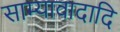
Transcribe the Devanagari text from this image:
साम्यावादादि